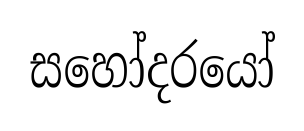
සහෝදරයෝ